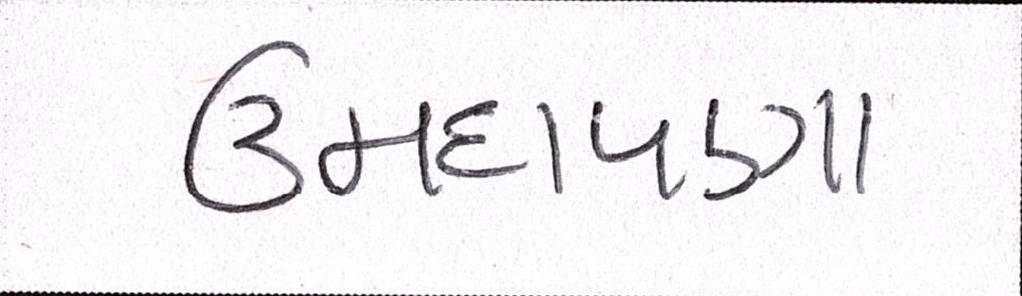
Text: ઉમદાપણા